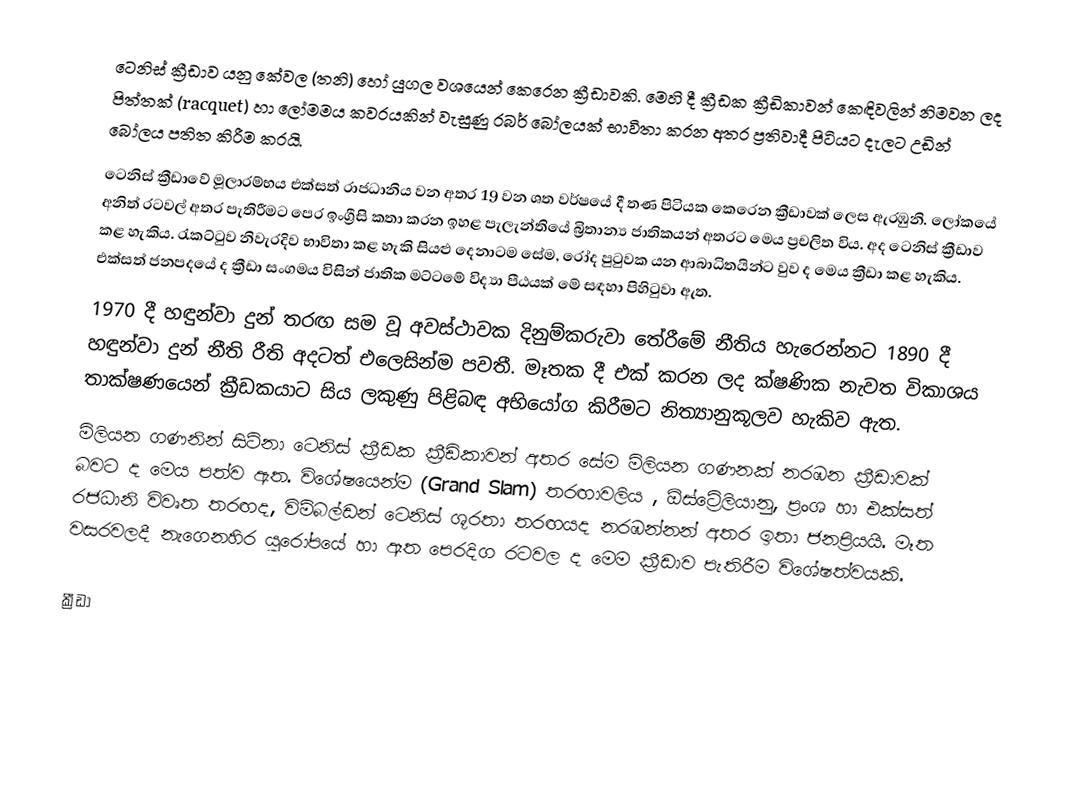
ටෙනිස් ක්‍රීඩාව යනු කේවල (තනි) හෝ යුගල වශයෙන් කෙරෙන ක්‍රීඩාවකි. මෙහි දී ක්‍රීඩක ක්‍රීඩිකාවන් කෙඳිවලින් නිමවන ලද පිත්තක් (racquet) හා ලෝමමය කවරයකින් වැසුණු රබර් බෝලයක් භාවිතා කරන අතර ප්‍රතිවාදී පිටියට දැලට උඩින් බෝලය පතිත කිරීම කරයි.
ටෙනිස් ක්‍රීඩාවේ මූලාරම්භය එක්සත් රාජධානිය වන අතර 19 වන ශත වර්ෂයේ දී තණ පිටියක කෙරෙන ක්‍රීඩාවක් ලෙස ඇරඹුනි. ලෝකයේ අනිත් රටවල් අතර පැතිරීමට පෙර ඉංග්‍රීසි කතා කරන ඉහළ පැලැන්තියේ බ්‍රිතාන්‍ය ජාතිකයන් අතරට මෙය ප්‍රචලිත විය. අද ටෙනිස් ක්‍රීඩාව කළ හැකිය. රැකට්ටුව නිවැරදිව භාවිතා කළ හැකි සියළු දෙනාටම සේම, රෝද පුටුවක යන ආබාධිතයින්ට වුව ද මෙය ක්‍රීඩා කළ හැකිය. එක්සත් ජනපදයේ ද ක්‍රීඩා සංගමය විසින් ජාතික මට්ටමේ විද්‍යා පීඨයක් මේ සඳහා පිහිටුවා ඇත.
1970 දී හඳුන්වා දුන් තරඟ සම වූ අවස්ථාවක දිනුම්කරුවා තේරීමේ නීතිය හැරෙන්නට 1890 දී හඳුන්වා දුන් නීති රීති අදටත් එලෙසින්ම පවතී. මෑතක දී එක් කරන ලද ක්ෂණික නැවත විකාශය තාක්ෂණයෙන් ක්‍රීඩකයාට සිය ලකුණු පිළිබඳ අභියෝග කිරීමට නිත්‍යානුකූලව හැකිව ඇත.
මිලියන ගණනින් සිටිනා ටෙනිස් ක්‍රීඩක ක්‍රීඩිකාවන් අතර සේම මිලියන ගණනක් නරඹන ක්‍රීඩාවක් බවට ද මෙය පත්ව ඇත. විශේෂයෙන්ම (Grand Slam) තරඟාවලිය , ඕස්ට්‍රේලියානු, ප්‍රංශ හා එක්සත් රජධානි විවෘත තරඟද, විම්බල්ඩන් ටෙනිස් ශූරතා තරඟයද නරඹන්නන් අතර ඉතා ජනප්‍රියයි. මෑත වසරවලදී නැ‍ගෙනහිර යුරෝපයේ හා ඈත පෙරදිග ‍රටවල ද මෙම ක්‍රීඩාව පැතිරීම විශේෂත්වයකි.

ක්‍රීඩා